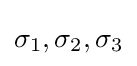
{\textstyle \sigma _{1},\sigma _{2},\sigma _{3}}